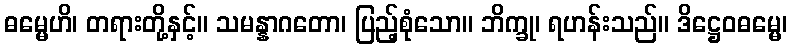
ဓမ္မေဟိ၊ တရားတို့နှင့်။ သမန္နာဂတော၊ ပြည့်စုံသော။ ဘိက္ခု၊ ရဟန်းသည်။ ဒိဋ္ဌေဝဓမ္မေ၊